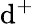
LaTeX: \mathrm{d}^{+}